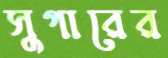
সুগারের